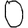
Digit: 0